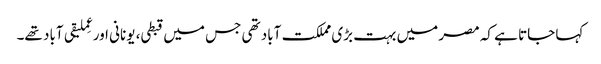
کہا جاتا ہے کہ مصر میں بہت بڑی مملکت آباد تھی جس میں قبطی، یونانی اور عِملیقی آباد تھے۔